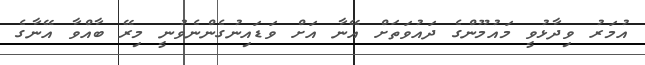
އުމަރު ވިދާޅުވީ މައުމޫންގެ ދައުވަތަށް އޭނާ އަށް ވަޑައިނުގެންނެވުނީ މިރޭ ބާއްވާ އޭނާގެ